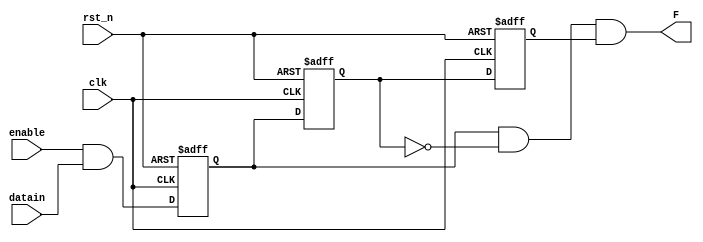
module circle_test1(
    clk    ,
    rst_n  ,
    enable ,
    datain ,

    F
    );

    //
    input               clk    ;
    input               rst_n  ;
    input               enable ;
    input               datain ;

    output  F   ;
    reg     F   ;

    reg                 signal1;
    reg                 D0;
    reg                 D1;
    reg                 D2;
    reg                 D2_tmp;
    reg                 D3;                

    //
    always@(*)begin
        D0 = enable & datain;
    end

    always  @(*)begin
        D2_tmp = ~D2;
    end

    always  @(*)begin
        F = D1 & D2_tmp & D3;
    end

    //
    always@(posedge clk or negedge rst_n)begin
        if(rst_n==1'b0)begin
            D1 <= 0;
        end
        else begin
            D1 <= D0;
        end
    end

    always  @(posedge clk or negedge rst_n)begin
        if(rst_n==1'b0)begin
            D2 <= 0;
        end
        else begin
            D2 <= D1;
        end
    end

    always  @(posedge clk or negedge rst_n)begin
        if(rst_n==1'b0)begin
            D3 <= 0;
        end
        else begin
            D3 <= D2;
        end
    end


    endmodule